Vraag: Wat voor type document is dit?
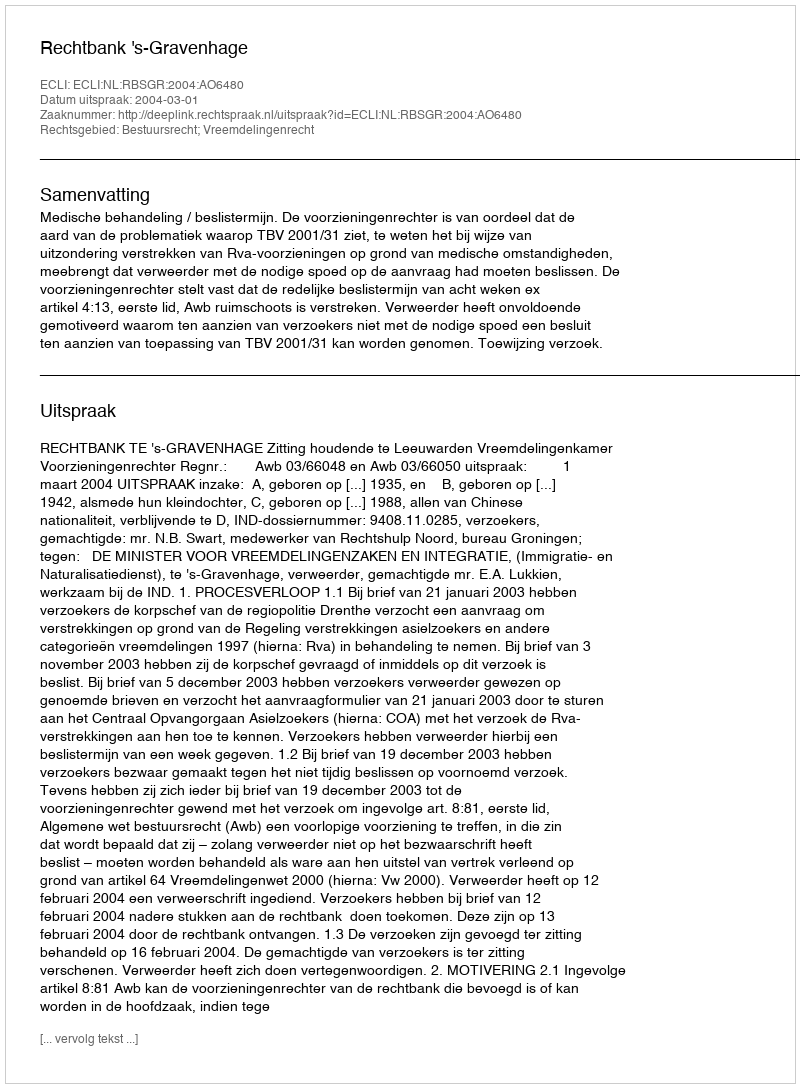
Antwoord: Uitspraak